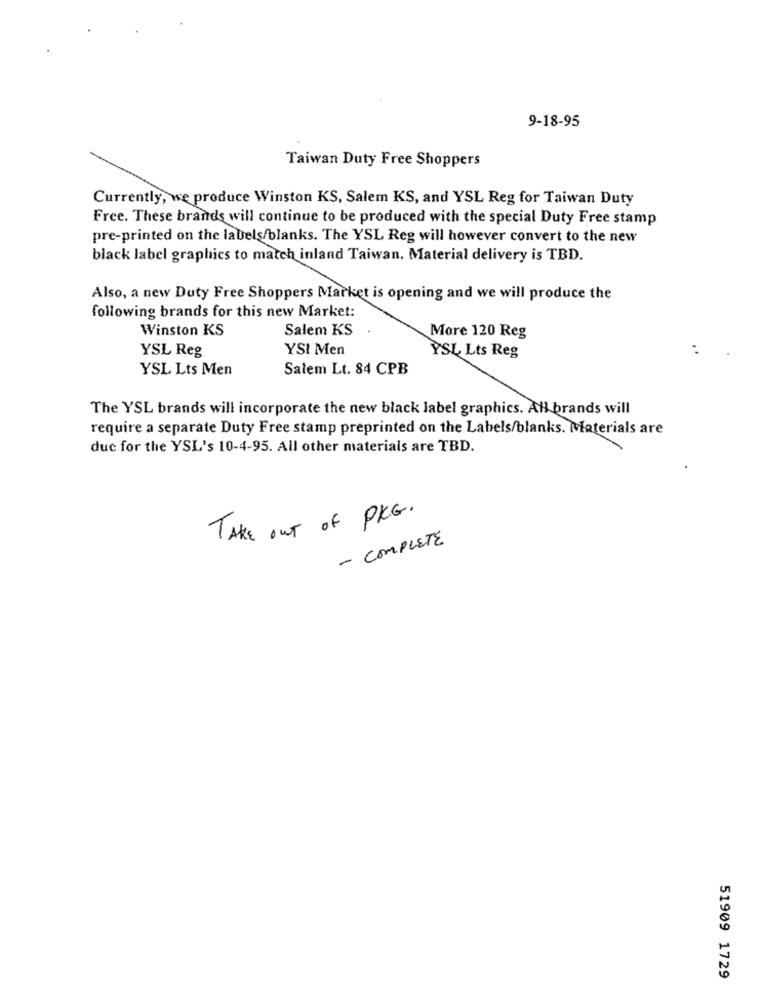
9-18-95
Taiwan Duty Free Shoppers
Currently, we produce Winston KS, Salem KS, and YSL Reg for Taiwan Duty
Free. These brands will continue to be produced with the special Duty Free stamp
pre-printed on the labels/blanks. The YSL Reg will however convert to the new
black label graphics to match inland Taiwan. Material delivery is TBD.
Also, a new Duty Free Shoppers Market is opening and we will produce the
following brands for this new Market:
Winston KS
Salem KS
More 120 Reg
YSL Reg
YSI Men
YSL Lts Reg
YSL Lts Men
Salem Lt. 84 CPB
The YSL brands will incorporate the new black label graphics. All brands will
require a separate Duty Free stamp preprinted on the Labels/blanks. Materials are
duc for the YSL's 10-4-95. All other materials are TBD.
TAKE OUT of PKG .
- COMPLETE
51909 1729